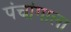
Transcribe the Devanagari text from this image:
पंचांगाला